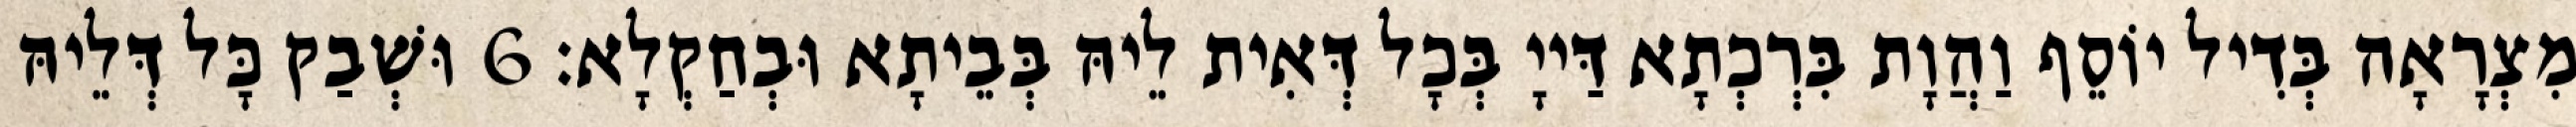
מִצְרָאָה בְּדִיל יוֹסֵף וַהֲוָת בִּרְכְתָא דַּייָ בְּכָל דְּאִית לֵיהּ בְּבֵיתָא וּבְחַקְלָא׃ 6 וּשְׁבַק כָּל דְּלֵיהּ